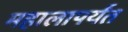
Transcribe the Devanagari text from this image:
महालापर्यंत